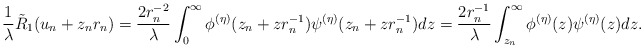
\begin{align*}\frac{1}{\lambda}\tilde{R}_1(u_n+z_nr_n) &=\frac{2r_n^{-2}}{\lambda}\int_0^\infty \phi^{(\eta)}(z_n+zr_n^{-1})\psi^{(\eta)}(z_n+zr_n^{-1})dz=\frac{2r_n^{-1}}{\lambda}\int_{z_n}^\infty \phi^{(\eta)}(z)\psi^{(\eta)}(z)dz.\end{align*}